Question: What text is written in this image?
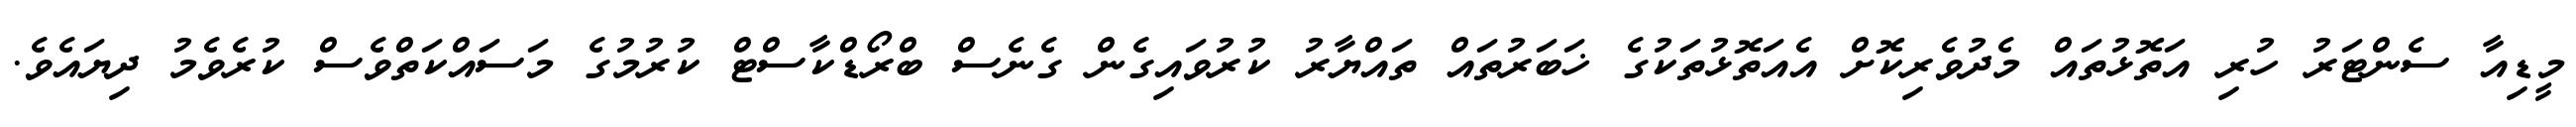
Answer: މީޑިއާ ސެންޓަރު ހުރި އަތޮޅުތައް މެދުވެރިކޮށް އެއަތޮޅުތަކުގެ ޚަބަރުތައް ތައްޔާރު ކުރުވައިގެން ގެނެސް ބްރޯޑްކާސްޓް ކުރުމުގެ މަސައްކަތްވެސް ކުރެވެމު ދިޔައެވެ.